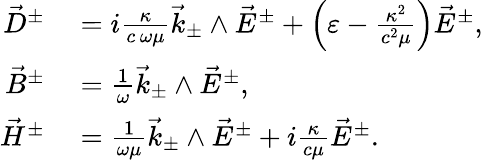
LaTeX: \begin{array}{rl}{\vec{D}^{\pm}}&{{}=i\frac{\kappa}{c\, \omega\mu}\vec{k}_{\pm}\wedge\vec{E}^{\pm}+\left(\varepsilon-\frac{\kappa^{2}}{c^{2}\mu}\right)\vec{E}^{\pm},}\\ {\vec{B}^{\pm}}&{{}=\frac{1}{\omega}\vec{k}_{\pm}\wedge\vec{E}^{\pm},}\\ {\vec{H}^{\pm}}&{{}=\frac{1}{\omega\mu}\vec{k}_{\pm}\wedge\vec{E}^{\pm}+i\frac{\kappa}{c\mu}\vec{E}^{\pm}.}\end{array}